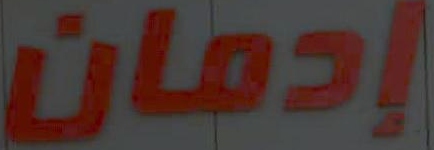
إدمان